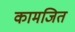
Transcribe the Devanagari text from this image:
कामजित